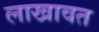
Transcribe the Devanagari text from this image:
लाखावत